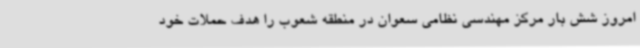
امروز شش بار مرکز مهندسی نظامی سعوان در منطقه شعوب را هدف حملات خود